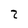
Character: 2